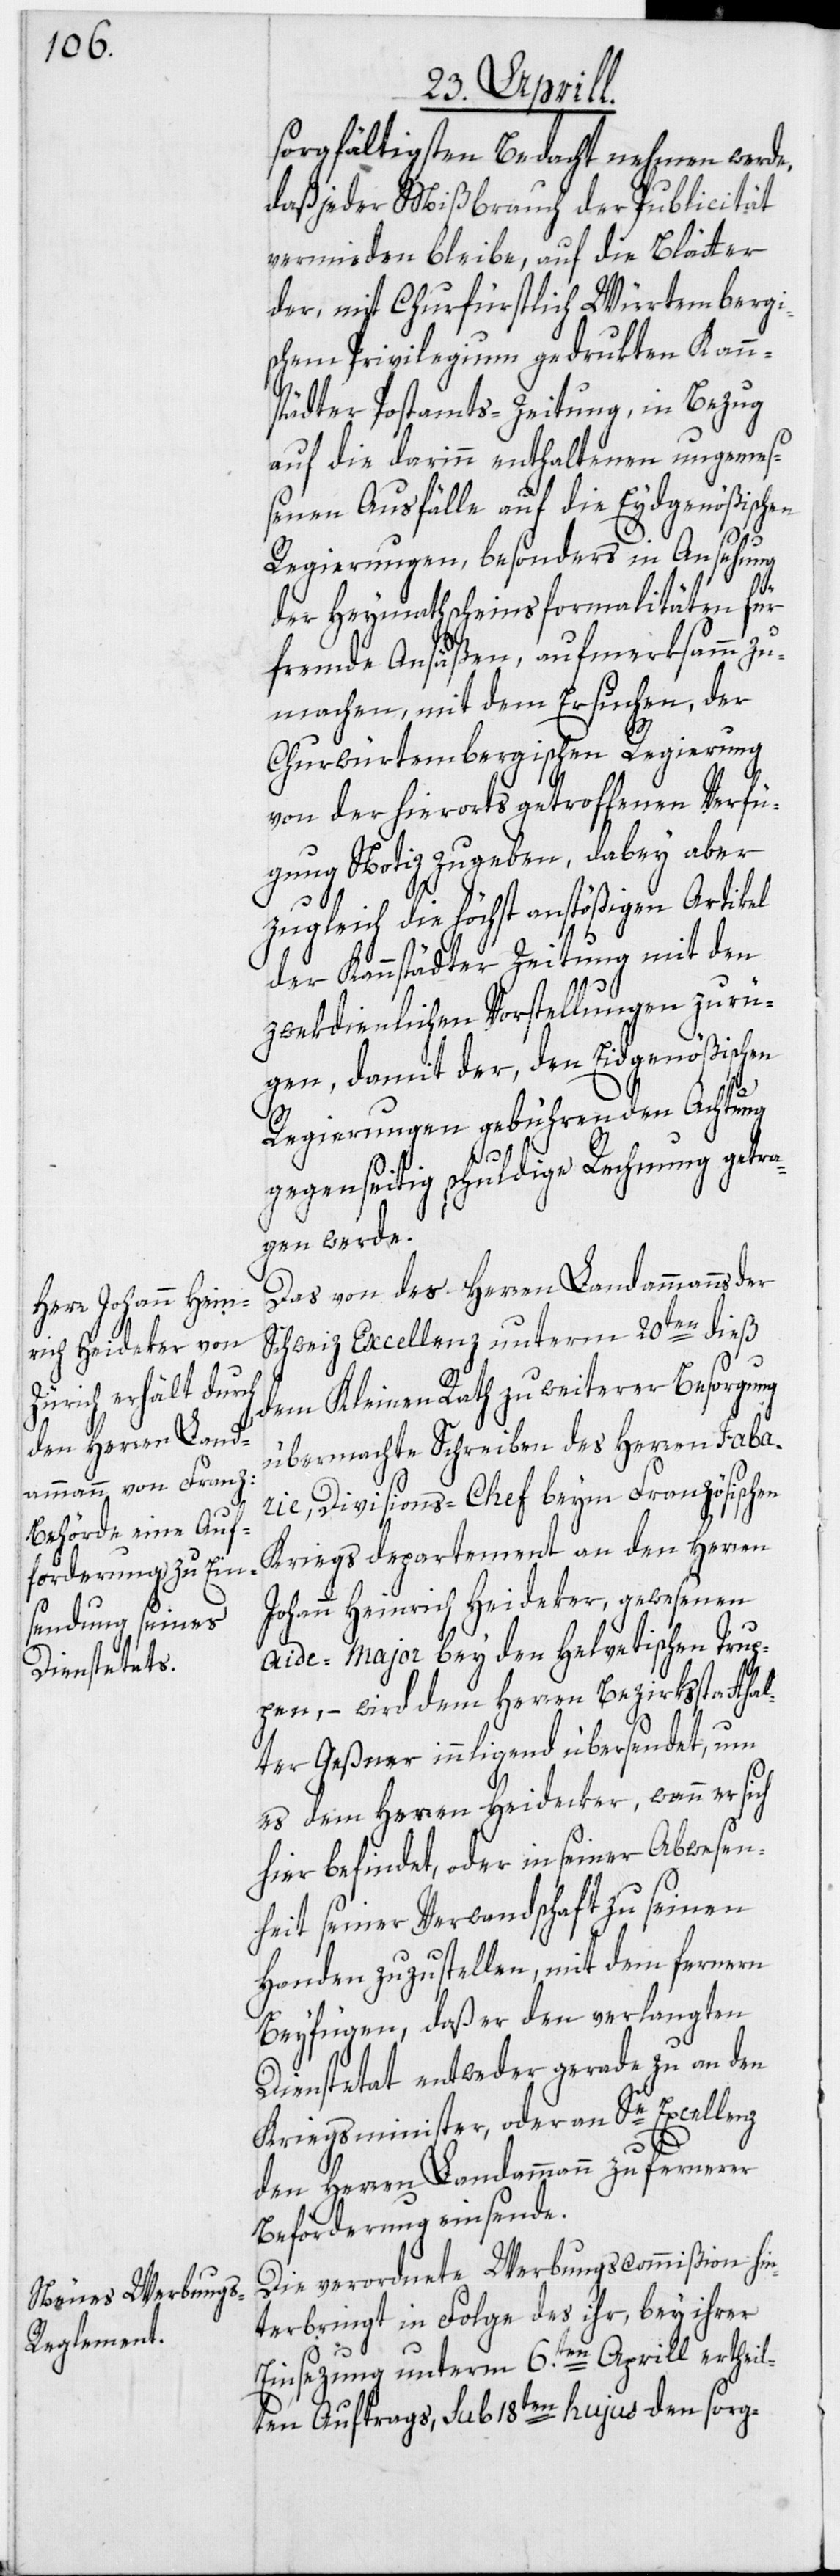
sorgfältigsten Bedacht nehmen werde,
daß jeder Mißbrauch der Publicität
vermieden bleibe, auf die Blätter
der, mit Churfürstlich Würtembergi¬
schen Privilegium gedrukten Kann¬
städter Postamts-Zeitung, in Bezug
auf die darinn enthaltenen ungemeß¬
enen Ausfälle auf die Eydgenößischen
Regierungen, besonders in Ansehung
der Heymathscheinsformalitäten für
fremde Ansäßen, aufmerksamm zu
machen, mit dem Ersuchen, der
Churwürtembergischen Regierung
von der hierorts getroffenen Verfü¬
gung Notiz zu geben, dabey aber
zugleich die höchst anstößigen Artikel
der Kannstädter Zeitung mit den
zwekdienlichen Vorstellungen zu rü¬
gen, damit der, den Eidgenößischen
Regierungen gebührenden Achtung
gegenseitig schuldige Rechnung getra¬
gen werde.
Das von des Herren Landammanns der
Schweiz Excellenz unterm 20ten dieß
dem Kleinen Rath zu weiterer Besorgung
übermachte Schreiben des Herren Faba¬
rie, Divisions-Chef beym Französischen
Kriegsdepartement an den Herren
Johann Heinrich Heideker, gewesenen
Aide-Major bey den Helvetischen Trup¬
pen, – wird dem Herren Bezirksstattha¬
lter Geßner innligend übersendet, um
es dem Herren Heideker, wann er sich
hier befindet, oder in seiner Abwesen¬
heit seiner Verwandschaft zu seinen
Handen zuzustellen, mit dem fernern
Beyfügen, daß er den verlangten
Dienstetat entweder gerade zu an den
Kriegsminister, oder an Se Excellenz
den Herren Landammann zu fernerer
Beförderung einsende.
Die verordnete Werbungscommißion hin¬
terbringt in Folge des ihr, bey ihrer
Einsezung unterm 6.ten Aprill ertheil¬
ten Auftrags, sub 18ten hujus den sorg-